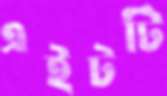
এইটটি